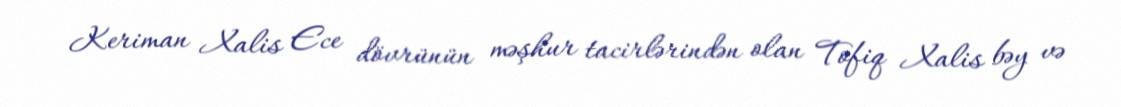
Keriman Xalis Ece dövrünün məşhur tacirlərindən olan Tofiq Xalis bəy və